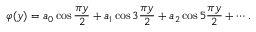
\varphi ( y ) = a _ { 0 } \cos { \frac { \pi y } { 2 } } + a _ { 1 } \cos 3 { \frac { \pi y } { 2 } } + a _ { 2 } \cos 5 { \frac { \pi y } { 2 } } + \cdots .